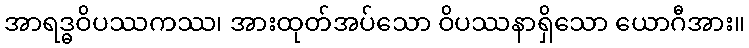
အာရဒ္ဓဝိပဿကဿ၊ အားထုတ်အပ်သော ဝိပဿနာရှိသော ယောဂီအား။